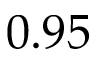
0 . 9 5